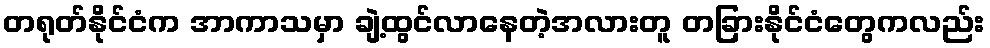
တရုတ်နိုင်ငံက အာကာသမှာ ချဲ့ထွင်လာနေတဲ့အလားတူ တခြားနိုင်ငံတွေကလည်း